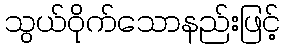
သွယ်ဝိုက်သောနည်းဖြင့်